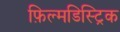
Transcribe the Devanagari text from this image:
फ़िल्मडिस्ट्रिक